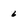
Character: 6